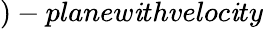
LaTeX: )-planew\mathit{i}thveloc\mathit{i}ty